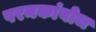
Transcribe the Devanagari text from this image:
परमकांबोज